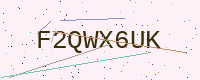
Text: F2QWX6UK